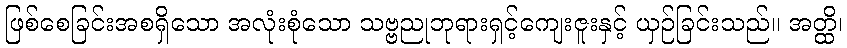
ဖြစ်စေခြင်းအစရှိသော အလုံးစုံသော သဗ္ဗညုဘုရားရှင့်ကျေးဇူးနှင့် ယှဉ်ခြင်းသည်။ အတ္ထိ၊